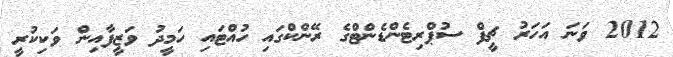
2012 ވަނަ އަހަރު ޗީފް ސުޕްރިޓެންޑެންޓްގެ ރޭންކްގައި ހުއްޓައި ހަމީދު ވަޒީފާއިން ވަކިކުރީ